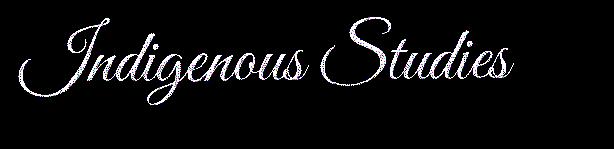
Indigenous Studies